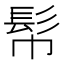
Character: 𩫹